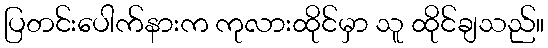
ပြတင်းပေါက်နားက ကုလားထိုင်မှာ သူ ထိုင်ချသည်။